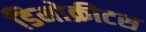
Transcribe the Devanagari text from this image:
डिमोक्रीटस